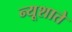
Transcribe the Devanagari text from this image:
न्यूशाते